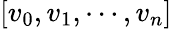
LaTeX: \left[v_{0},v_{1},\cdots,v_{n}\right]